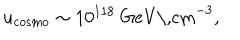
u _ { \mathrm { c o s m o } } \sim 1 0 ^ { 1 1 8 } \mathrm { ~ G e V \, c m } ^ { - 3 } ,